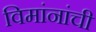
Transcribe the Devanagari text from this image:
विमांनांची